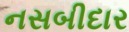
નસબીદાર